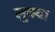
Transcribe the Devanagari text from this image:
लुक्वा